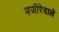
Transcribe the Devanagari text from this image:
मजीरेवाले